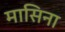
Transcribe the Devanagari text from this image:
मासिना